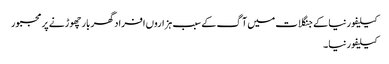
کیلیفورنیا کے جنگلات میں آگ کے سبب ہزاروں افراد گھر بار چھوڑنے پر مجبور
کیلیفورنیا ۔